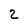
Character: 2